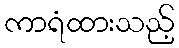
ကာရံထားသည့်